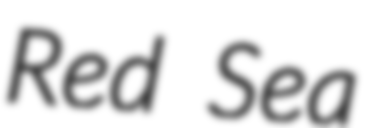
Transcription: Red Sea